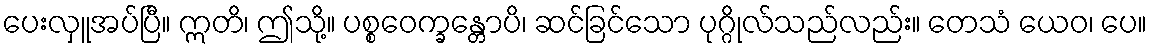
ပေးလှူအပ်ပြီ။ ဣတိ၊ ဤသို့။ ပစ္စဝေက္ခန္တောပိ၊ ဆင်ခြင်သော ပုဂ္ဂိုလ်သည်လည်း။ တေသံ ယေဝ၊ ပေ။